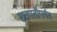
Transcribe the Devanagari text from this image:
छत्रपतींपर्यंत